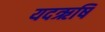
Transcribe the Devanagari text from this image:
यदऋषि